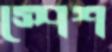
স্পেশ